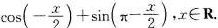
\cos ( - \frac { x } { 2 } ) +